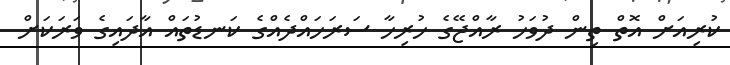
ކުރިއަށް އޮތް ތިން ދުވަހު ރާއްޖޭގެ ހުރިހާ ސަރަހައްދެއްގެ ކަނޑުތައް އާދައިގެ ވަރަކަށް